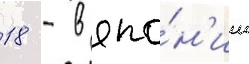
18 - в япо́н'ии